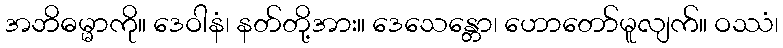
အဘိဓမ္မာကို။ ဒေဝါနံ၊ နတ်တို့အား။ ဒေသေန္တော၊ ဟောတော်မူလျက်။ ဝဿံ၊